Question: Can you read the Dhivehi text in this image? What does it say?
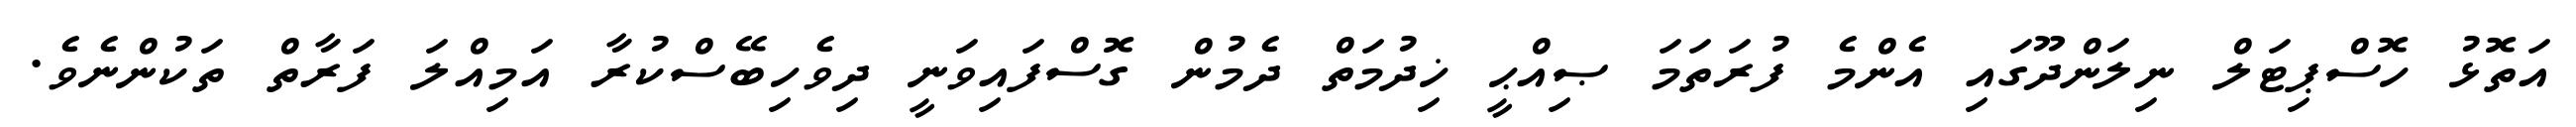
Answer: އަތޮޅު ހޮސްޕިޓަލް ނިލަންދޫގައި އެންމެ ފުރަތަމަ ޞިއްޙީ ޚިދުމަތް ދެމުން ގޮސްފައިވަނީ ދިވެހިބޭސްކުރާ އަމިއްލަ ފަރާތް ތަކުންނެވެ.